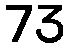
73